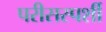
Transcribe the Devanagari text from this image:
परीसस्पर्शी